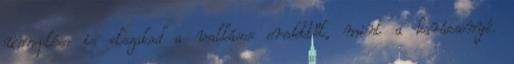
ünneplése is elszakad a vallásos eredettől, mint a karácsonyé.